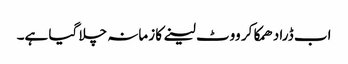
اب ڈرا دھمکا کر ووٹ لینے کا زمانہ چلا گیا ہے۔